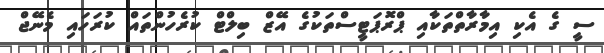
ސީ ގެ އެކި އިމާރާތްތަކާއި ޕްރޮޕަޓީސްތަކުގެ އޭޒް ބިލްޓް ކުރެހުންތައް ކުރަހައި މެނޭޖް